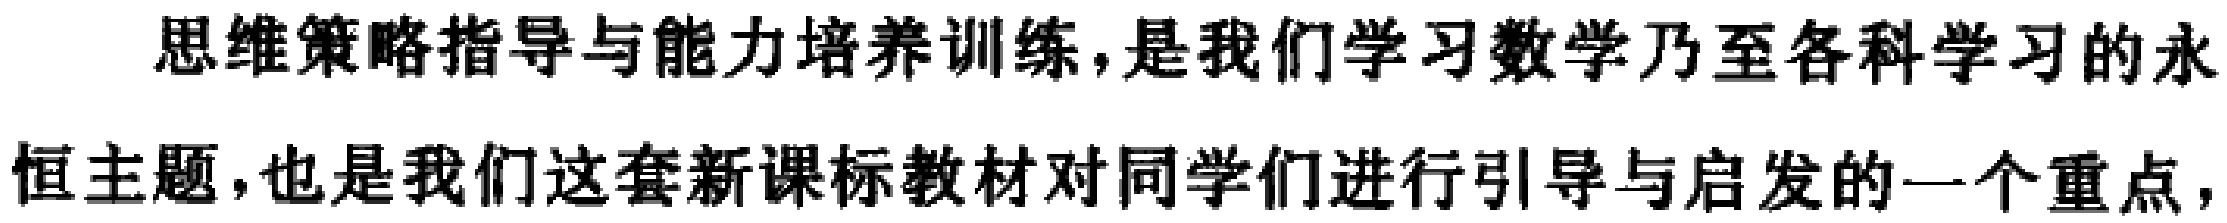
思维策略指导与能力培养训练,是我们学习数学乃至各科学习的永恒主题,也是我们这套新课标教材对同学们进行引导与启发的一个重点,